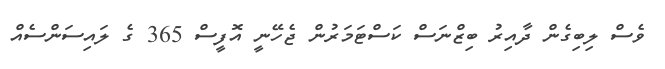
ވެސް ލިބިގެން ދާއިރު ބިޒްނަސް ކަސްޓަމަރުން ޖެހޭނީ އޮފީސް 365 ގެ ލައިސަންސެއް